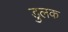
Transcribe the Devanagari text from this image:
डुलक